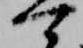
可